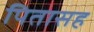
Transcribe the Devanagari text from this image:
पितासह